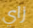
زاي